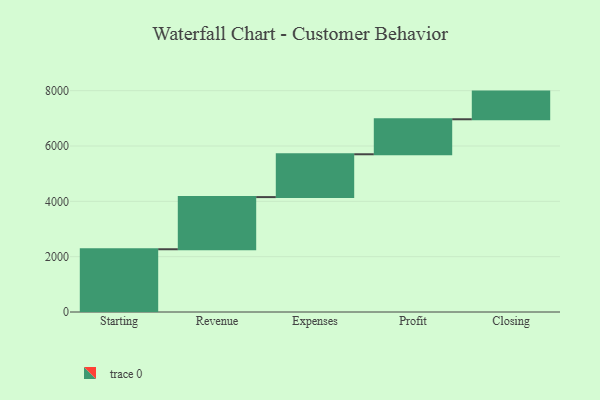
{"axis": {"x": "Step", "y": "Value"}, "legend": [""], "data": [{"x": "Starting", "y": 2268.0, "type": ""}, {"x": "Revenue", "y": 1885.0, "type": ""}, {"x": "Expenses", "y": 1548.0, "type": ""}, {"x": "Profit", "y": 1265.0, "type": ""}, {"x": "Closing", "y": 1000, "type": ""}]}